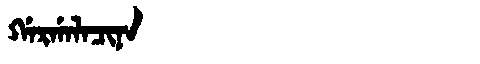
Manchu: ᡤᠠᡵᡤᠠᠯᠠᠴᡳᠨᠠ
Romanization: GARGALACINA